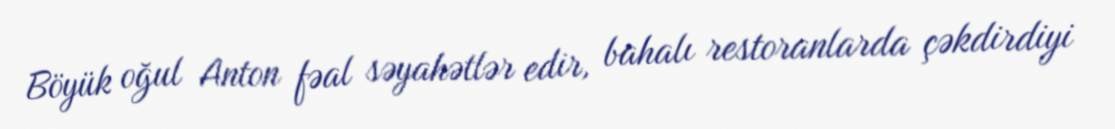
Böyük oğul Anton fəal səyahətlər edir, bahalı restoranlarda çəkdirdiyi